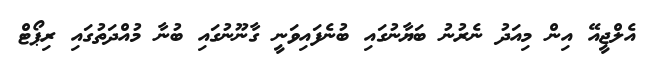
އެލްޖީއޭ އިން މިއަދު ނެރުނު ބަޔާނުގައި ބުނެފައިވަނީ ގާނޫނުގައި ބުނާ މުއްދަތުގައި ރިޕޯޓް